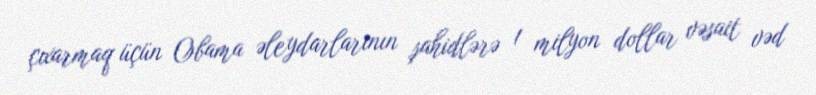
çıxarmaq üçün Obama əleydarlarının şahidlərə 1 milyon dollar vəsait vəd